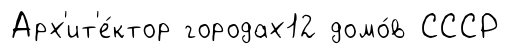
Арх'ит'е́ктор городах12 домо́в СССР